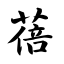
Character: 蓓